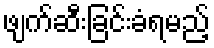
ဖျက်ဆီးခြင်းခံရမည့်